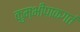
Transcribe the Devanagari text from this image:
कुम्भीपाकगतं